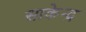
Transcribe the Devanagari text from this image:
साकेन्द्र